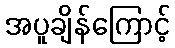
အပူချိန်ကြောင့်